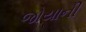
જોયાની